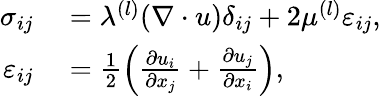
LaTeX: \begin{array}{rl}{\sigma_{ij}}&{{}=\lambda^{(l)}(\nabla\cdot u)\delta_{ij}+2\mu^{(l)}\varepsilon_{ij},}\\ {\varepsilon_{ij}}&{{}=\frac{1}{2}\left(\frac{\partial u_{i}}{\partial x_{j}}+\frac{\partial u_{j}}{\partial x_{i}}\right),}\end{array}